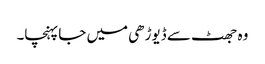
وہ جھٹ سے ڈیوڑھی میں جا پہنچا۔